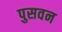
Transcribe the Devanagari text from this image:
पुसवन